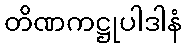
တိဏကဋ္ဌုပါဒါနံ